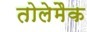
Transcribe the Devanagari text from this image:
तोलेमैक